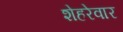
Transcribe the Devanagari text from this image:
शेहरेवार